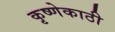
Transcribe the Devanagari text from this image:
कृष्णेकाठी